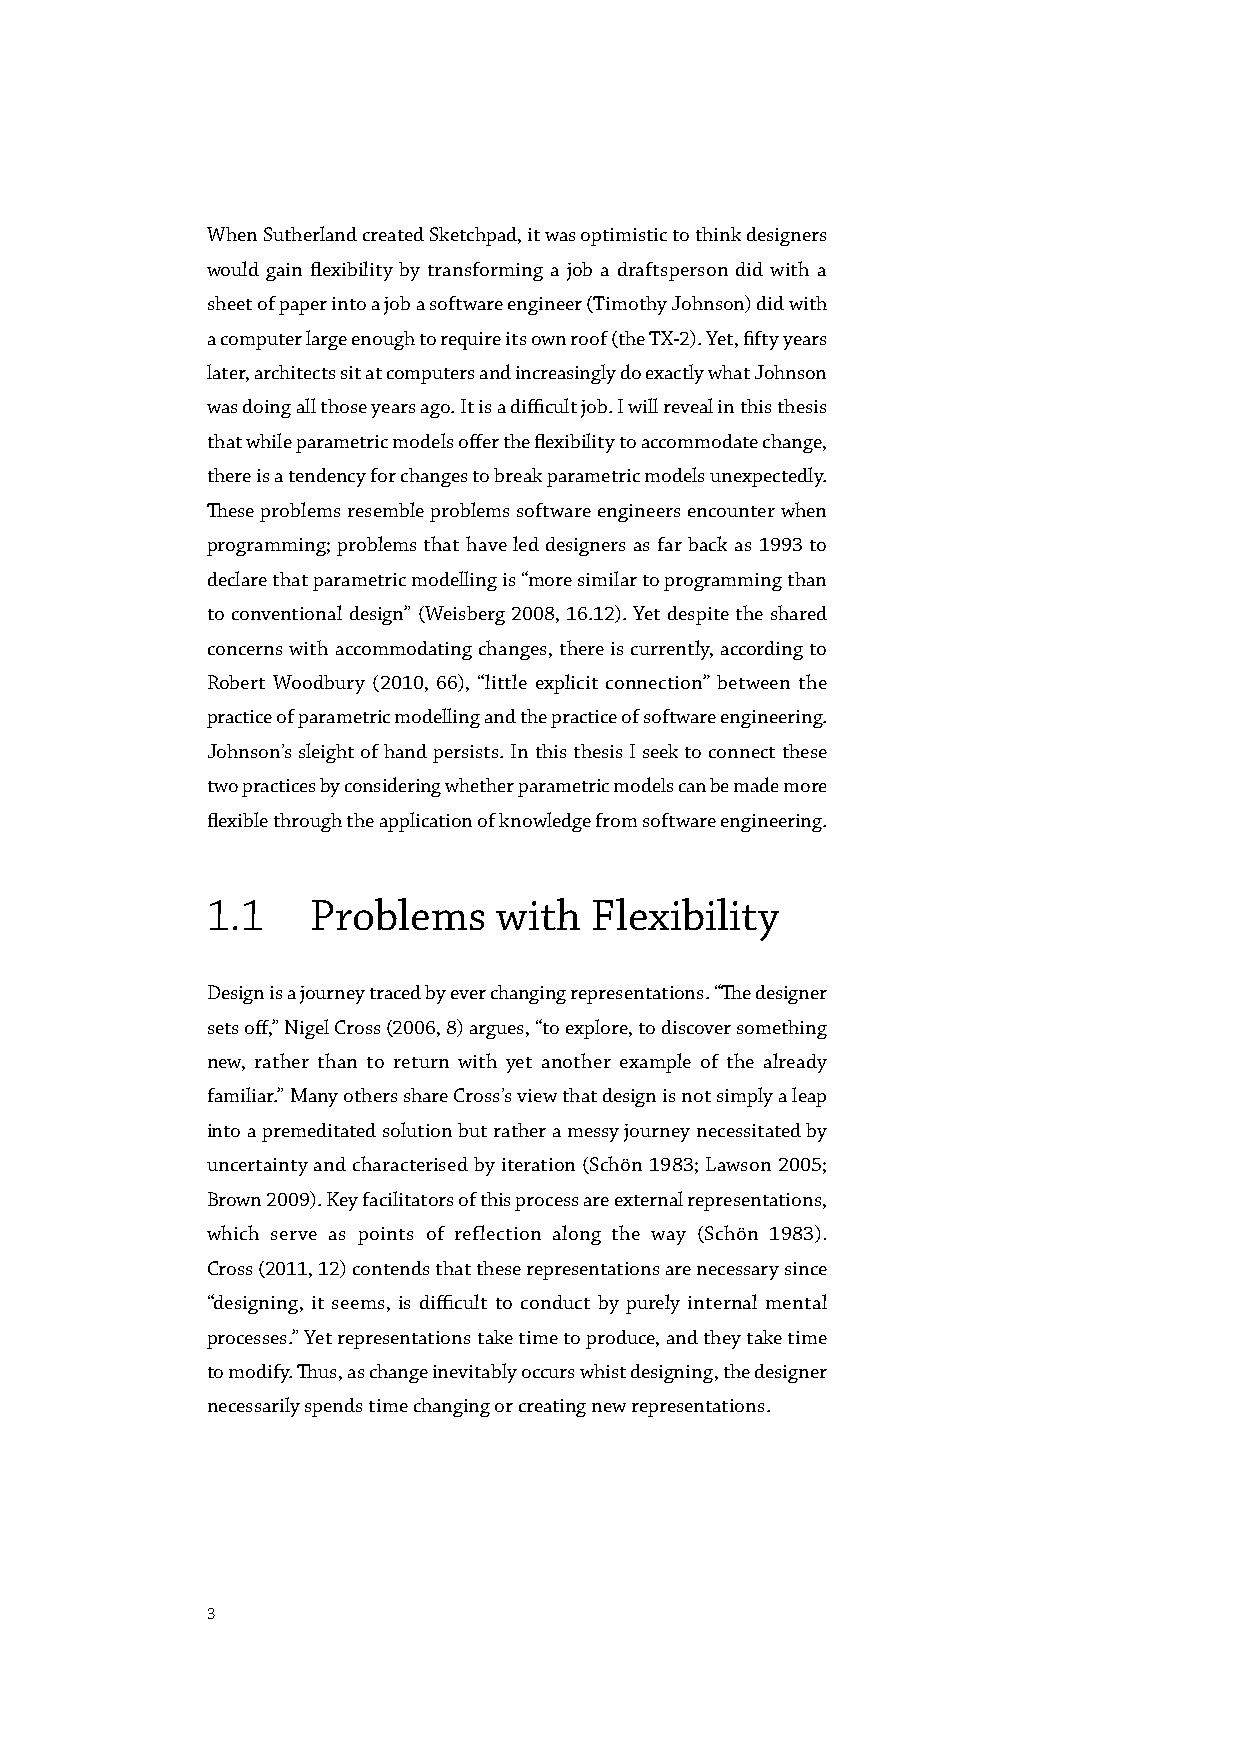
When Sutherland created Sketchpad, it was optimistic to think designers
 would gain flexibility by transforming a job a draftsperson did with a
 sheet of paper into a job a software engineer (Timothy Johnson) did with
 a computer large enough to require its own roof (the TX-2). Yet, fifty years
 later, architects sit at computers and increasingly do exactly what Johnson
 was doing all those years ago. It is a difficult job. I will reveal in this thesis
 that while parametric models offer the flexibility to accommodate change,
 there is a tendency for changes to break parametric models unexpectedly.
 These problems resemble problems software engineers encounter when
 programming; problems that have led designers as far back as 1993 to
 declare that parametric modelling is “more similar to programming than
 to conventional design” (Weisberg 2008, 16.12). Yet despite the shared
 concerns with accommodating changes, there is currently, according to
 Robert Woodbury (2010, 66), “little explicit connection” between the
 practice of parametric modelling and the practice of software engineering.
 Johnson’s sleight of hand persists. In this thesis I seek to connect these
 two practices by considering whether parametric models can be made more
 flexible through the application of knowledge from software engineering.
 1.1    Problems    with  Flexibility
 Design is a journey traced by ever changing representations. “The designer
 sets off,” Nigel Cross (2006, 8) argues, “to explore, to discover something
 new, rather than to return with yet another example of the already
 familiar.” Many others share Cross’s view that design is not simply a leap
 into a premeditated solution but rather a messy journey necessitated by
 uncertainty and characterised by iteration (Schön 1983; Lawson 2005;
 Brown 2009). Key facilitators of this process are external representations,
 which serve as points of reflection along the way (Schön 1983).
 Cross (2011, 12) contends that these representations are necessary since
 “designing, it seems, is difficult to conduct by purely internal mental
 processes.” Yet representations take time to produce, and they take time
 to modify. Thus, as change inevitably occurs whist designing, the designer
 necessarily spends time changing or creating new representations.
 3